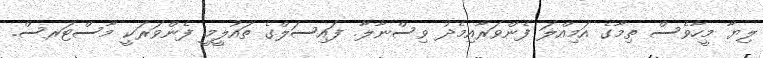
ލިޔާ މީހާވެސް ތިމާގެ އަމިއްލަ ފެންވަރާއިމެދު ވިސްނާލާ. ފައިސަލްގެ ތައުލީމީ ފެންވަރަކީ މާސްޓަރސް.